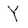
Character: Y